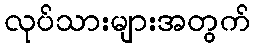
လုပ်သားများအတွက်